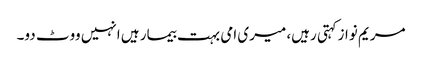
مریم نوازکہتی رہیں، میری امی بہت بیمار ہیں انہیں ووٹ دو۔